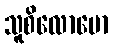
သူစိလောမော